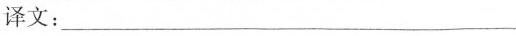
译文：___